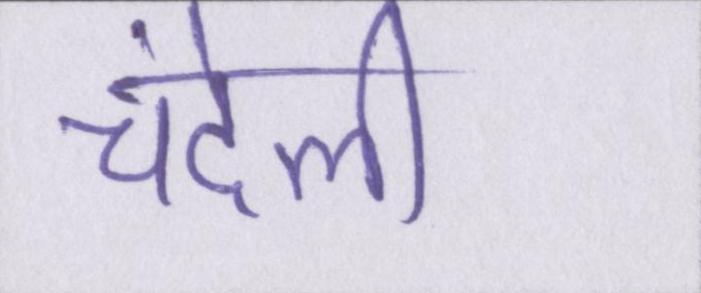
चंदेली